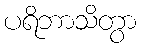
ပရိဘာသိတွာ